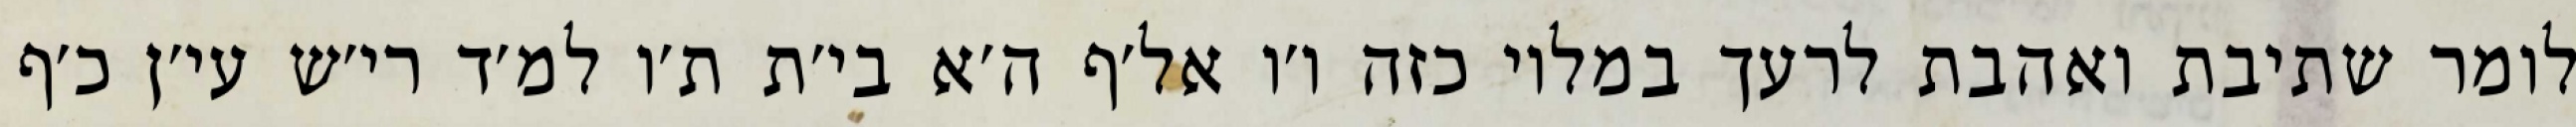
לומר שתיבת ואהבת לרעך במלוי כזה ו׳ו אל׳ף ה׳א בי׳ת ת׳ו למ׳ד רי׳ש עי׳ן כ׳ף